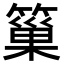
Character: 𥲀